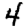
Digit: 4